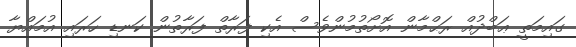
ގައިމަތީ ޢަބްދުއް ރަޙްމާން އޮށޯތުމުންވެސް އެކި ފަރާތް ފަރާތުން ކަނޑި ހަރައި އުމައްޔާ